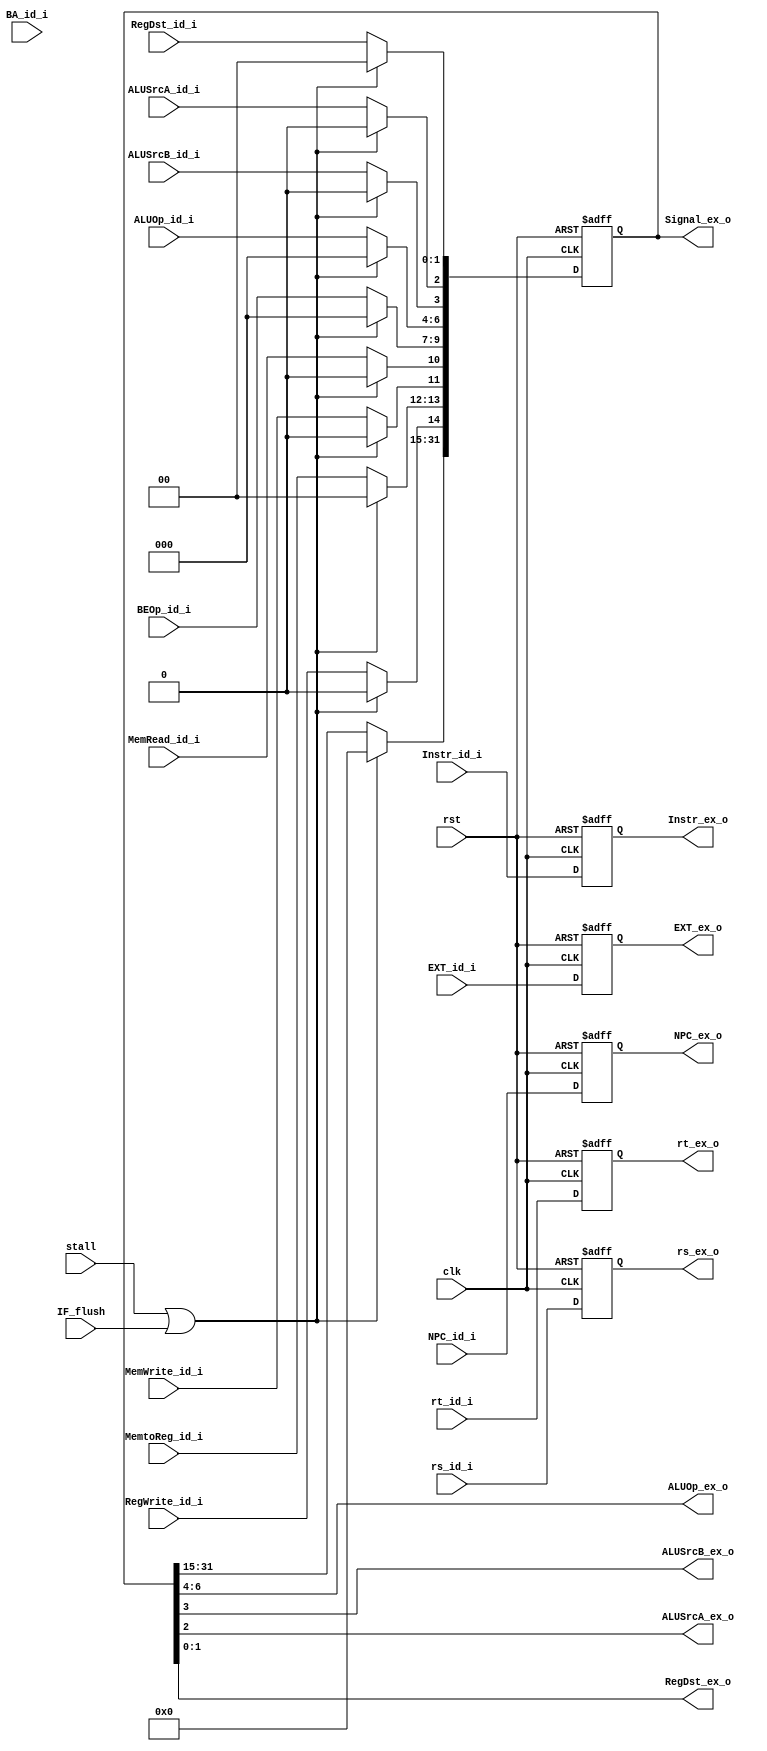
module ID_EX(
  input       clk,
  input       rst,
  input       stall,
  input       IF_flush,
  input [1:0] RegDst_id_i,  //ID_EX_reg[0][0:1]
  input       ALUSrcA_id_i, //ID_EX_reg[0][2]
  input       ALUSrcB_id_i, //ID_EX_reg[0][3]
  input [2:0] ALUOp_id_i,   //ID_EX_reg[0][6:4]
  input [2:0] BEOp_id_i,    //ID_EX_reg[0][9:7]
  input       MemRead_id_i, //ID_EX_reg[0][10]
  input       MemWrite_id_i,//ID_EX_reg[0][11]
  input [1:0] MemtoReg_id_i,//ID_EX_reg[0][13:12]
  input       RegWrite_id_i,//ID_EX_reg[0][14]
  input [31:0]NPC_id_i,
  input [31:0] BA_id_i,
  input [31:0] rs_id_i,
  input [31:0] rt_id_i,
  input [31:0] EXT_id_i,
  input [31:0] Instr_id_i,
  
  output [2:0]ALUOp_ex_o,
  output      ALUSrcB_ex_o,
  output      ALUSrcA_ex_o,
  output [1:0]RegDst_ex_o,
  output [31:0]Signal_ex_o,
  output [31:0]NPC_ex_o,
  output [31:0]rs_ex_o,
  output [31:0]rt_ex_o,
  output [31:0]EXT_ex_o,
  output [31:0]Instr_ex_o
  );
  integer i;
  reg [31:0] ID_EX_reg[7:0];
  /*
  ID_EX_reg[0]: Signal_ex
  ID_EX_reg[1]: JA_ex
  ID_EX_reg[2]: NPC_ex
  ID_EX_reg[3]: BA_ex
  ID_EX_reg[4]: A
  ID_EX_reg[5]: B
  ID_EX_reg[6]: E_ex
  ID_EX_reg[7]: IR_ex
  */
  always@(posedge clk or posedge rst)
  begin
    if (rst)
      begin
        for (i = 0; i < 8; i = i+1)
          ID_EX_reg[i] = 32'h0;
      end
    else
      begin
        if(stall || IF_flush)
          ID_EX_reg[0] = 32'h0;
        else
          begin
            ID_EX_reg[0][1:0] = RegDst_id_i;
            ID_EX_reg[0][2] = ALUSrcA_id_i;
            ID_EX_reg[0][3] = ALUSrcB_id_i;
            ID_EX_reg[0][6:4] = ALUOp_id_i;
            ID_EX_reg[0][9:7] = BEOp_id_i;
            ID_EX_reg[0][10] = MemRead_id_i;
            ID_EX_reg[0][11] = MemWrite_id_i;
            ID_EX_reg[0][13:12] = MemtoReg_id_i;
            ID_EX_reg[0][14] = RegWrite_id_i;
          end
        ID_EX_reg[2] = NPC_id_i;
        ID_EX_reg[3] = BA_id_i;
        ID_EX_reg[4] = rs_id_i;
        ID_EX_reg[5] = rt_id_i;
        ID_EX_reg[6] = EXT_id_i;
        ID_EX_reg[7] = Instr_id_i;
        $display("ID/EX: Signal_ex = %8X, NPC_ex = %8X, BA_ex = %8X, A_ex = %8X, B_ex = %8X, E_ex = %8X, IR_ex = %8X", 
        ID_EX_reg[0], ID_EX_reg[2], ID_EX_reg[3], ID_EX_reg[4], ID_EX_reg[5], ID_EX_reg[6], ID_EX_reg[7]);
      end
  end
  assign Signal_ex_o = ID_EX_reg[0];
  assign RegDst_ex_o = ID_EX_reg[0][1:0];
  assign ALUSrcA_ex_o = ID_EX_reg[0][2];
  assign ALUSrcB_ex_o = ID_EX_reg[0][3];
  assign ALUOp_ex_o = ID_EX_reg[0][6:4];
  assign NPC_ex_o = ID_EX_reg[2];
  assign rs_ex_o = ID_EX_reg[4];
  assign rt_ex_o = ID_EX_reg[5];
  assign EXT_ex_o = ID_EX_reg[6];
  assign Instr_ex_o = ID_EX_reg[7];
endmodule